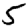
Digit: 5